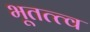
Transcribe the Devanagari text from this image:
भूतत्त्व